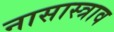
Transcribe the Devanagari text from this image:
नासास्त्राव